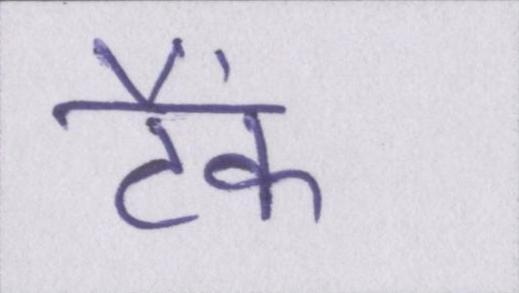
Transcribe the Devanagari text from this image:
टैंक